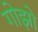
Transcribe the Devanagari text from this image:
गोझो